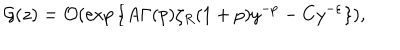
{ \cal G } ( z ) = { \cal O } ( \exp { \{ A \Gamma ( p ) \zeta _ { R } ( 1 + p ) y ^ { - p } - C y ^ { - \varepsilon } \} } ) \mathrm { , }